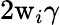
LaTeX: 2\mathrm{w}_{i}\gamma